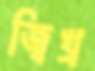
জ্বিখ্র